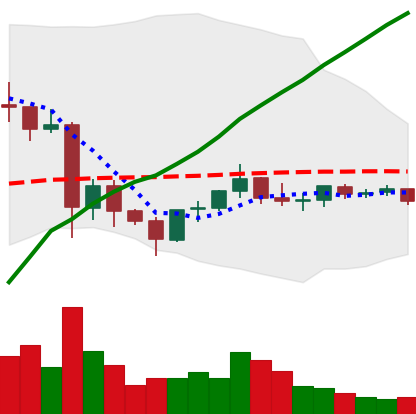
Ticker: EOS-USD
Chart end date: 2021-06-04
Forward return: -11.712%
Label: down_7plus